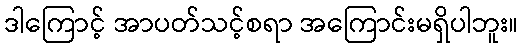
ဒါကြောင့် အာပတ်သင့်စရာ အကြောင်းမရှိပါဘူး။